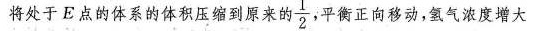
将处于E点的体系的体积压缩到原来的 \frac{1}{2}平衡正向移动，氢气浓度增大